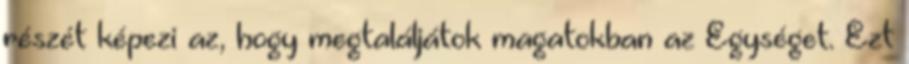
részét képezi az, hogy megtaláljátok magatokban az Egységet. Ezt